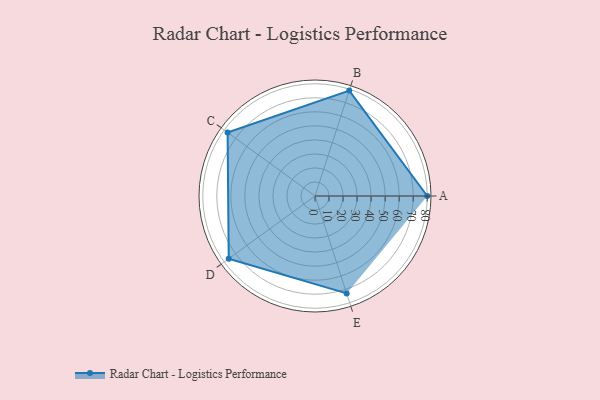
{"axis": {"x": "Skill", "y": "Score"}, "legend": ["Profile"], "data": [{"x": "A", "y": 80.0, "type": "Profile"}, {"x": "B", "y": 79.0, "type": "Profile"}, {"x": "C", "y": 77.0, "type": "Profile"}, {"x": "D", "y": 76.0, "type": "Profile"}, {"x": "E", "y": 73.0, "type": "Profile"}]}